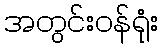
အတွင်းဝန်ရုံး